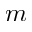
m